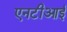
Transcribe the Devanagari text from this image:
एनटीआई